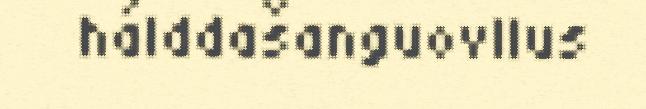
hálddašanguovllus